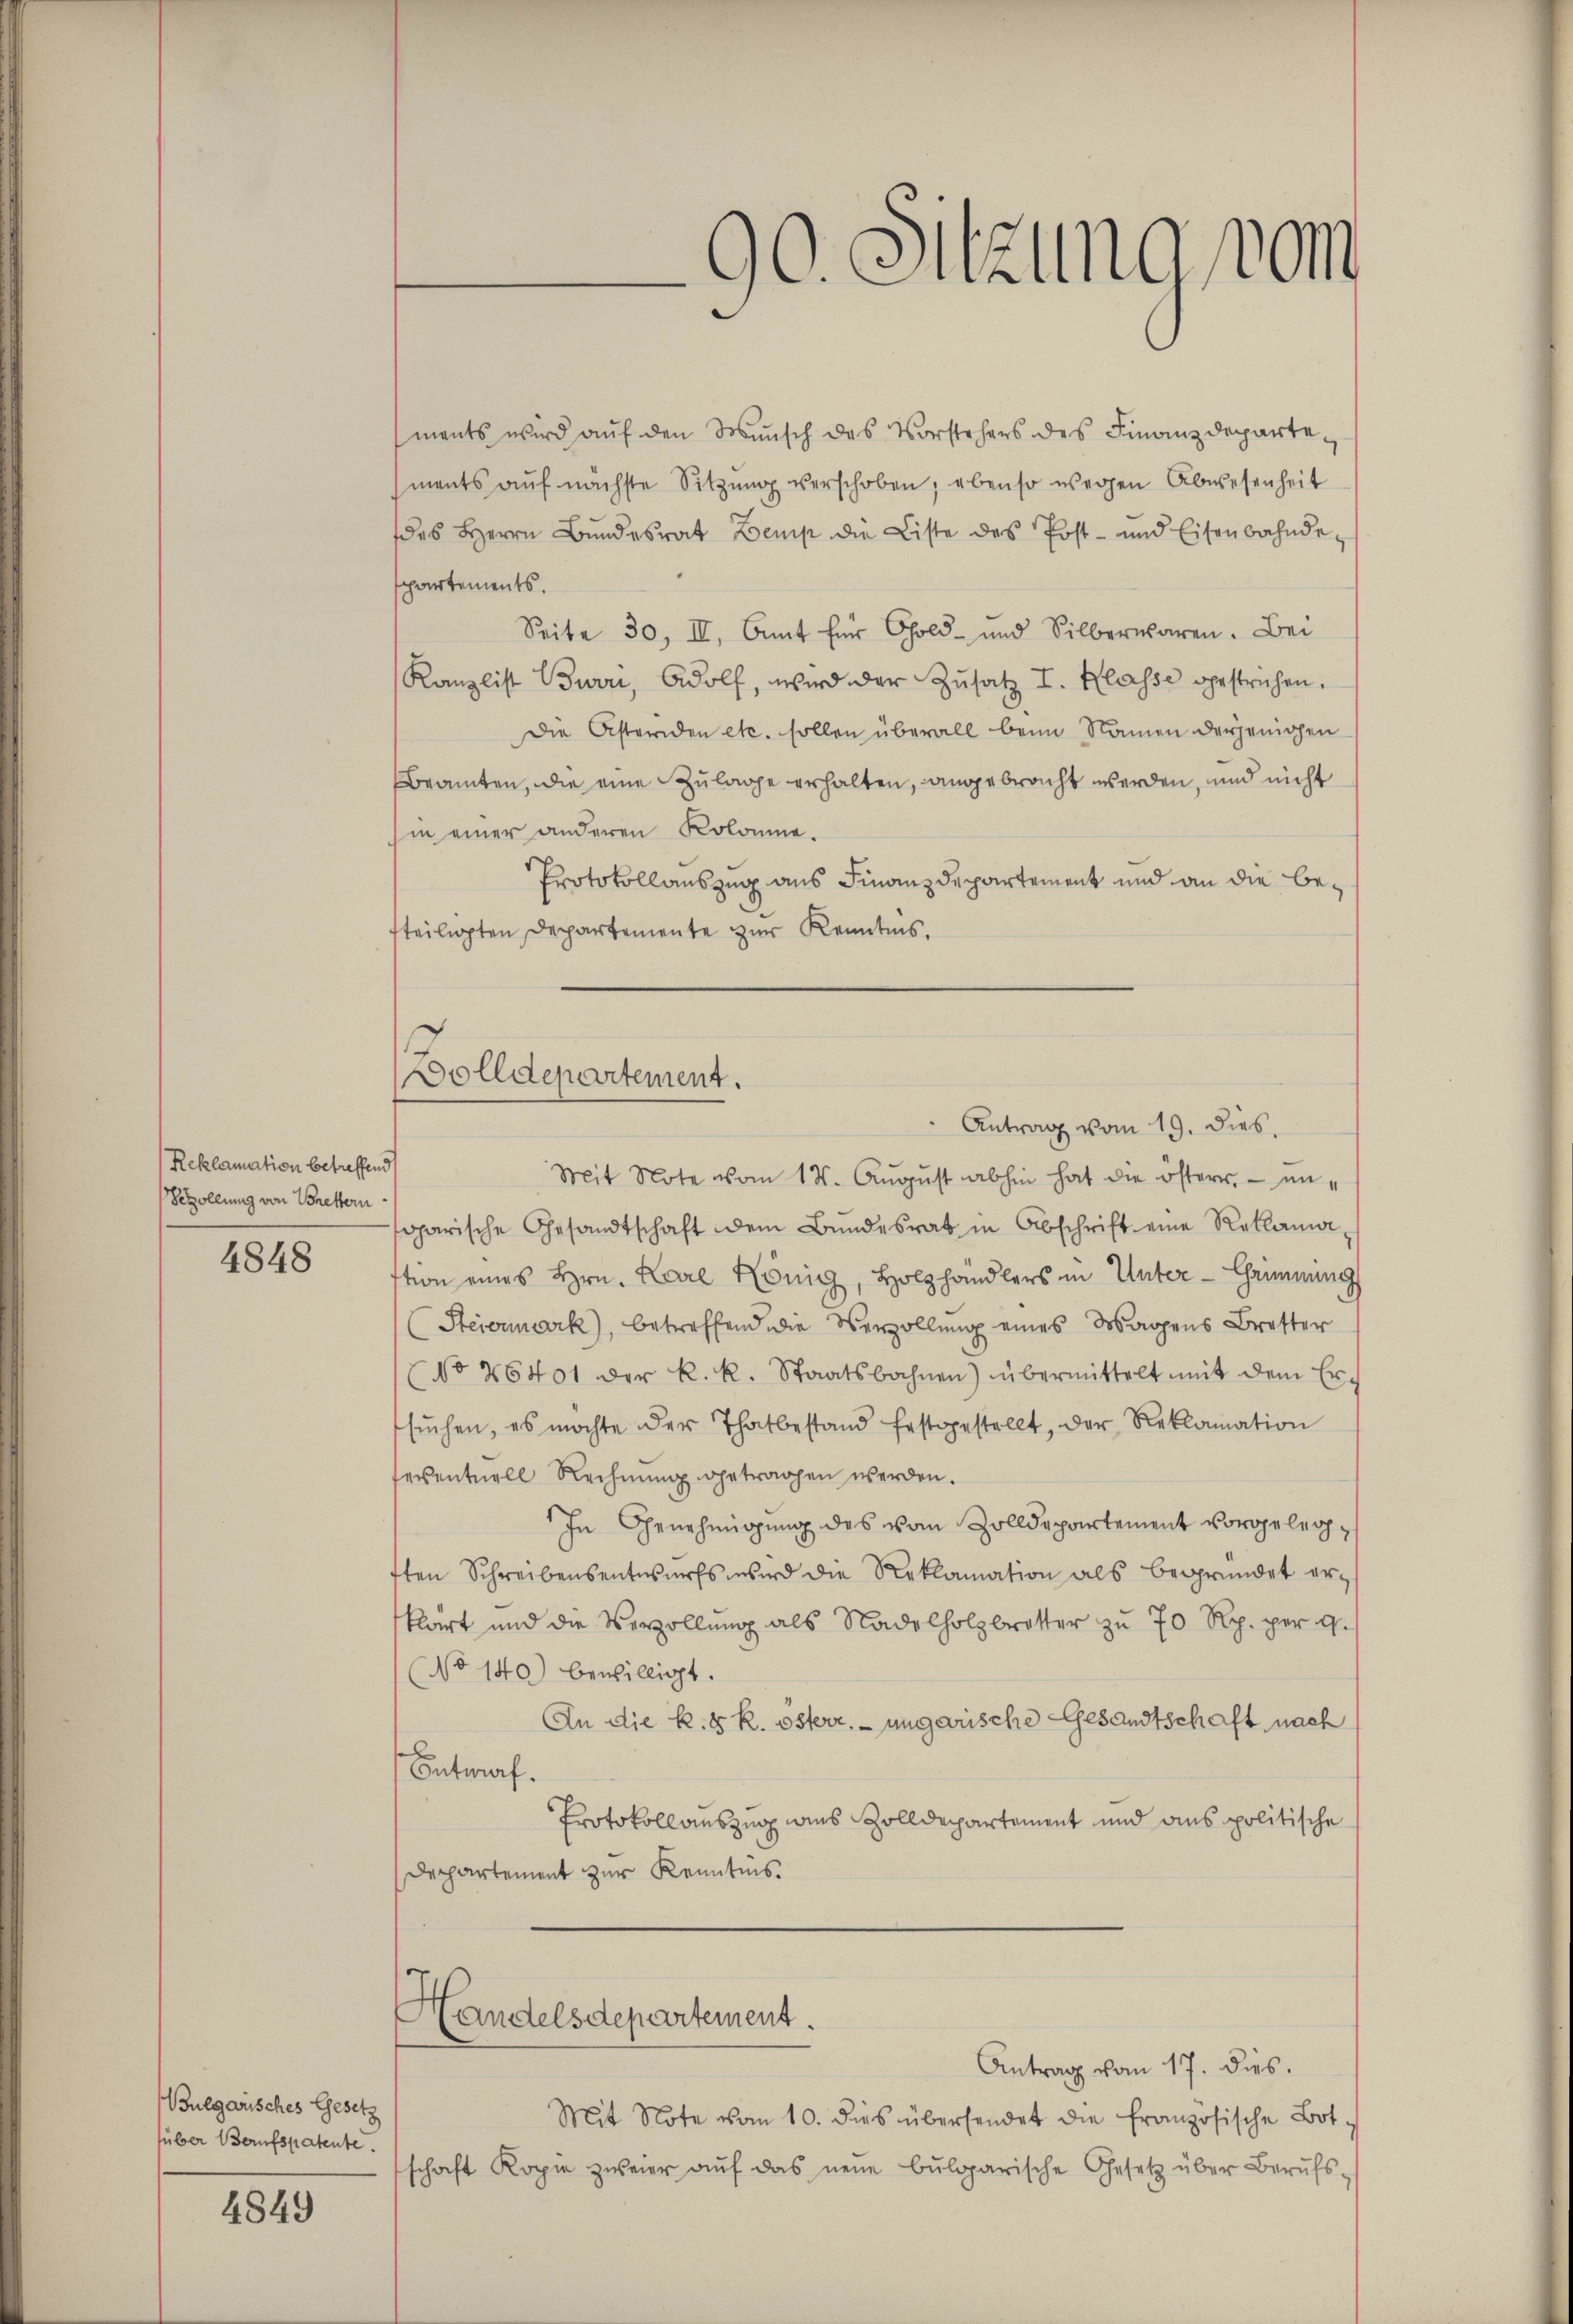
Reklamation betreffend
Sezollung von Brettern
4848

Bulgarisches Gesetz
über Berufspatente.

4849

90. Sitzung vom

ments wird aŭf den Wunsch des Vorstehers des Finanzdeparte-
ments auf nächste Sitzung verschoben; ebenso wegen Abwesenheit
des Herrn Bŭndesrat Zemp die Liste des Post- und Eisenbahnde-
spartements.
Seite 30. II, Amt für Gold- und Silberwaren. Bei
Kanzlist Burri, Adolf, wird der Zŭsatz I. Klasse gestrichen.
Die Asteriden etc. sollen überall beim Namen derjenigen
Beamten, die eine Zulage erhalten, angebracht werden, und nicht
hin einer anderen Kolonne.
Protokollauszug aus Finanzdepartement und an die befteiligten Departemente zur Kenntnis.
" Antrag vom 19. dies
Mit Note vom 14. Aŭgŭst abhin hat die östern, ungarische Gesandtschaft dem Bŭndesrat in Abschrift eine Reklama
stion eines Hrn. Karl König, Holzhandlers in Unter - Grimmungs
(Steiermark, betreffend die Verzollung eines Wagens Bretter
(No 26401 der k. k. Staatsbahnen) übermittelt mit dem Ersŭchen, es möchte der Thatbestand festgestellt, der Reklamation
eventuell Rechnung getragen werden.
In Genehmigung des von Zolldepartement vorgelegften Schreibensentwurfs wird die Reklamation als begründet erklärt und die Verzollŭng als Nadelholzbretter zŭ 70 Rp. per 9.
No 140) bewilligt.
An die k. k. österr. ungarische Gesandtschaft nach
Entwurf.
Protokollauszug aus Zolldepartement und aus politische
Departement zur Kenntnis.
Handelsdepartement.
Antrag vom 17. dies.
Mit Note vom 10. dies übersendet die französische Bot
schaft Kopie zweier aŭf das neue bŭlgarische Gesetz über Berŭfs-

Dolldepartement.